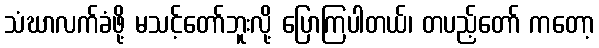
သံဃာလက်ခံဖို့ မသင့်တော်ဘူးလို့ ပြောကြပါတယ်၊ တပည့်တော် ကတော့